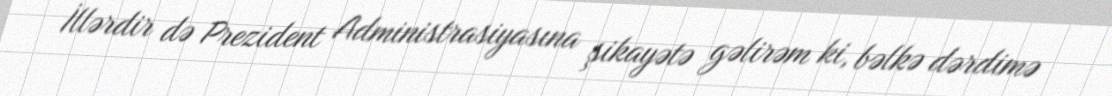
İllərdir də Prezident Administrasiyasına şikayətə gəlirəm ki, bəlkə dərdimə